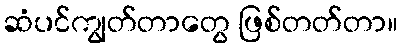
ဆံပင်ကျွတ်တာတွေ ဖြစ်တတ်တာ။